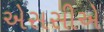
એસસીએ